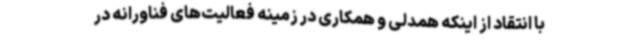
با انتقاد از اینکه همدلی و همکاری در زمینه فعالیت‌های فناورانه در